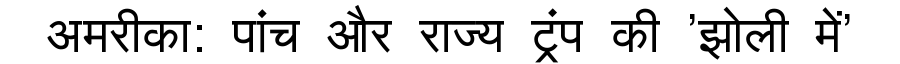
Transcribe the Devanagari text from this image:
अमरीका: पांच और राज्य ट्रंप की 'झोली में'